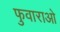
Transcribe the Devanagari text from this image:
फुवाराओ